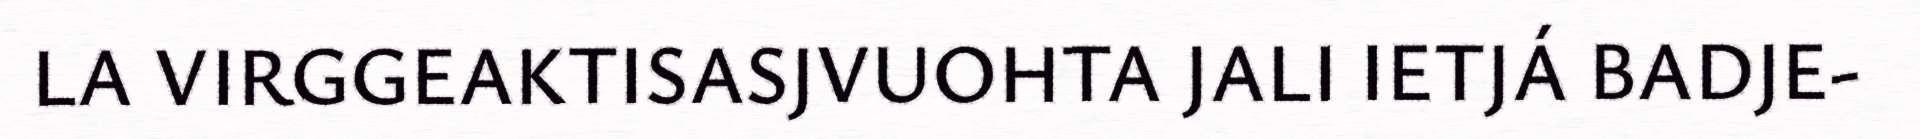
LA VIRGGEAKTISASJVUOHTA JALI IETJÁ BADJE-